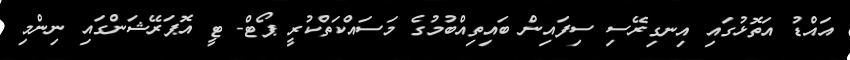
އައްޑު އަތޮޅުގައި އިނގިރޭސި ސިފައިން ބައިތިއްބުމުގެ މަސައްކަތްކުރީ ޕޯޓް- ޓީ އޮޕަރޭޝަންގައި ނިންމި